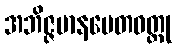
အဘိဇ္ဇမာနပေတဝတ္ထု